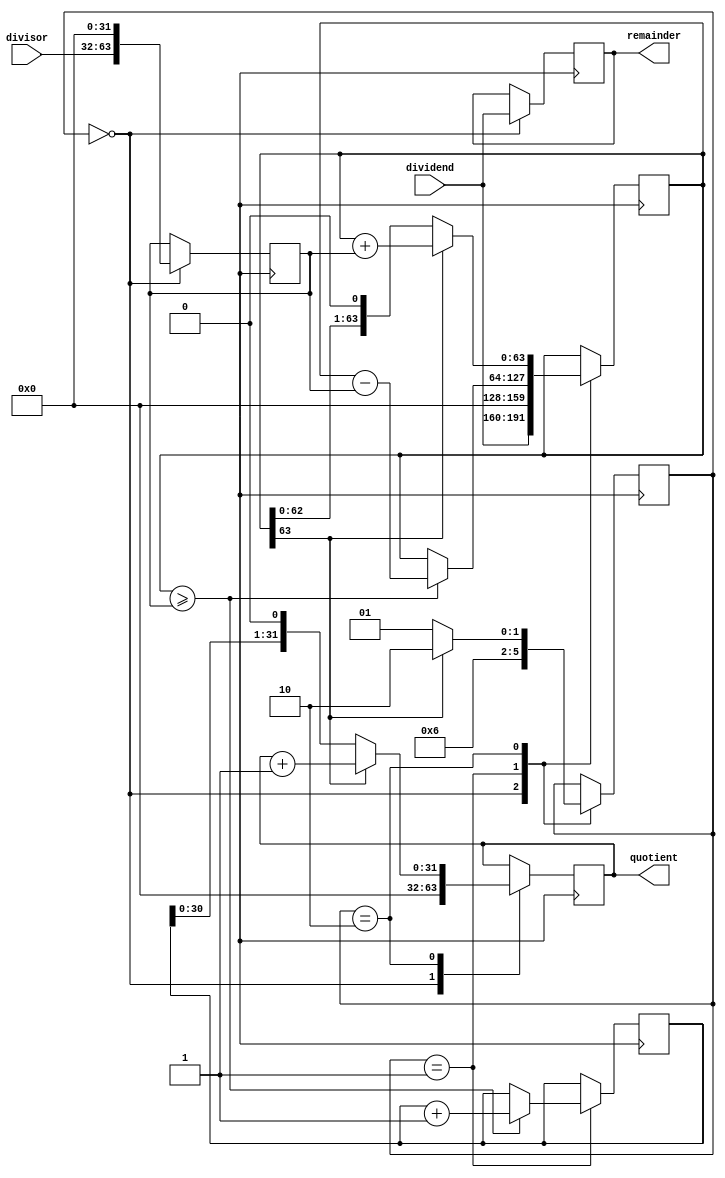
module Restoring_Divider (
    input wire [31:0] dividend,
    input wire [31:0] divisor,
    output reg [31:0] quotient,
    output reg [31:0] remainder
);

reg [31:0] quotient_partial;
reg [31:0] remainder_partial;
reg [63:0] dividend_extended;
reg [63:0] divisor_extended;
reg [1:0] stage;

always @ (posedge clk) begin
    case (stage)
        0: begin
            dividend_extended <= {dividend, 32'b0};
            divisor_extended <= {divisor, 32'b0};
            quotient <= 32'b0;
            remainder <= dividend;
            stage <= 1;
        end
        1: begin
            if (dividend_extended >= divisor_extended) begin
                dividend_extended <= dividend_extended - divisor_extended;
                quotient_partial <= quotient_partial + 1;
            end
            stage <= 2;
        end
        2: begin
            dividend_extended <= dividend_extended << 1;
            quotient <= quotient_partial << 1;
            if (dividend_extended[63]) begin
                dividend_extended <= dividend_extended + divisor_extended;
                quotient <= quotient + 1;
            end
            stage <= (dividend_extended[63]) ? 2 : 1;
        end
    endcase
end

endmodule